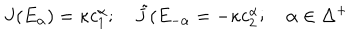
J ( E _ { \alpha } ) = \kappa c _ { 1 } ^ { \alpha } ; \quad { \tilde { J } } ( E _ { - \alpha } = - \kappa c _ { 2 } ^ { \alpha } ; \quad \alpha \in \Delta ^ { + }